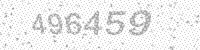
Solution: 496459